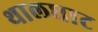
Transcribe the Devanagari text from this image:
थालघाट